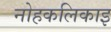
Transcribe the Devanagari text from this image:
नोहकलिकाइ